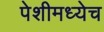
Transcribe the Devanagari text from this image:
पेशीमध्येच